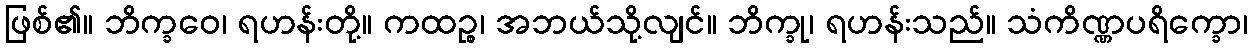
ဖြစ်၏။ ဘိက္ခဝေ၊ ရဟန်းတို့။ ကထဉ္စ၊ အဘယ်သို့လျင်။ ဘိက္ခု၊ ရဟန်းသည်။ သံကိဏ္ဏပရိက္ခော၊